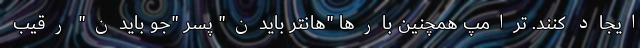
ایجاد کنند. ترامپ همچنین بارها "هانتر بایدن" پسر "جو بایدن" رقیب